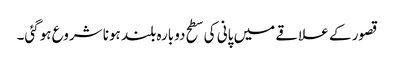
قصور کے علاقے میں پانی کی سطح دوبارہ بلند ہونا شروع ہوگئی۔